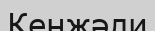
Кенжәли